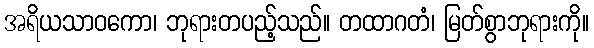
အရိယသာဝကော၊ ဘုရားတပည့်သည်။ တထာဂတံ၊ မြတ်စွာဘုရားကို။